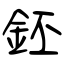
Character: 鉟